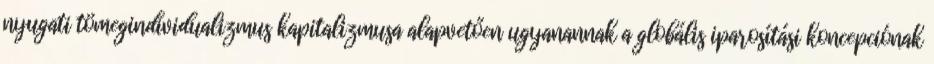
nyugati tömegindividualizmus kapitalizmusa alapvetően ugyanannak a globális iparosítási koncepciónak